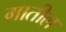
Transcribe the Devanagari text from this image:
गातील